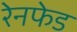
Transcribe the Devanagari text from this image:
रेनफेड